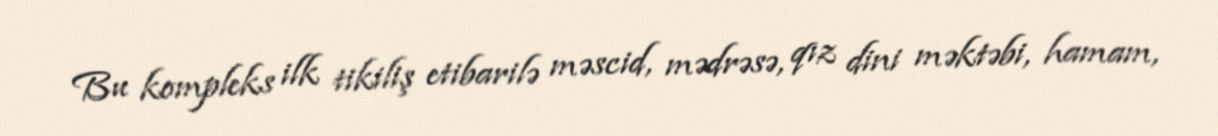
Bu kompleks ilk tikiliş etibarilə məscid, mədrəsə, qız dini məktəbi, hamam,